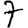
Digit: 7